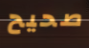
صحيح